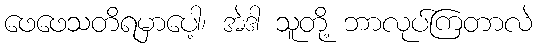
ဖေဖေသတိရမှာပေါ့၊ အဲဒါ သူတို့ ဘာလုပ်ကြတာလဲ